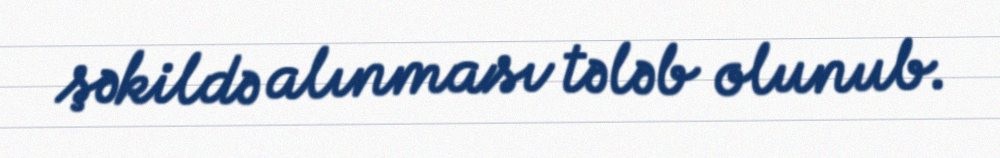
şəkildə alınması tələb olunub.